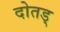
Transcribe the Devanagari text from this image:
दोतड्